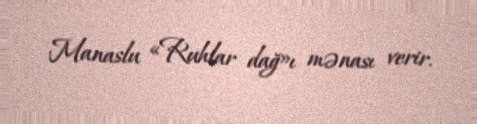
Manaslu «Ruhlar dağ»ı mənası verir.